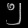
Digit: ၅